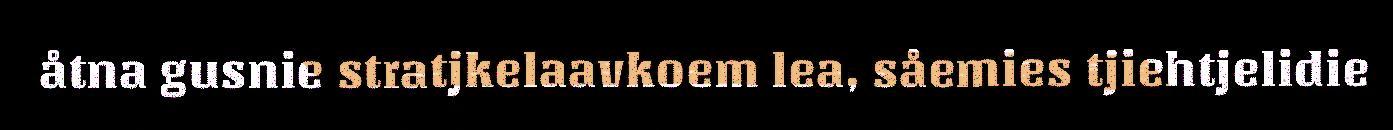
åtna gusnie stratjkelaavkoem lea, såemies tjiehtjelidie